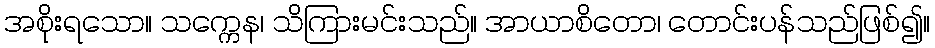
အစိုးရသော။ သက္ကေန၊ သိကြားမင်းသည်။ အာယာစိတော၊ တောင်းပန်သည်ဖြစ်၍။